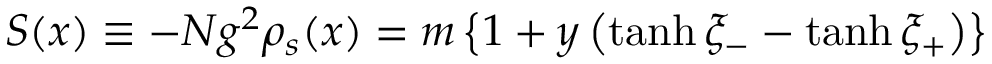
S ( x ) \equiv - N g ^ { 2 } \rho _ { s } ( x ) = m \left\{ 1 + y \left( \operatorname { t a n h } \xi _ { - } - \operatorname { t a n h } \xi _ { + } \right) \right\}